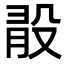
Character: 𣪏